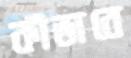
কীভাবে